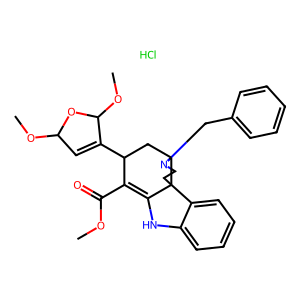
SMILES: COC(=O)C1=C2Nc3ccccc3C23CCN(Cc2ccccc2)C3CC1C1=CC(OC)OC1OC.Cl
Inhibits HIV replication: No